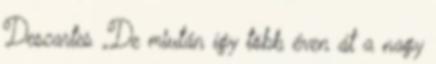
Descartes „De miután így több éven át a nagy